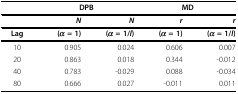
<table><thead><tr><td>[EMPTY_CELL]</td><td colspan="2"><b>DPB</b></td><td colspan="2"><b>MD</b></td></tr></thead><tbody><tr><td>[EMPTY_CELL]</td><td><b><i>N</i></b></td><td><b><i>N</i></b></td><td><b><i>r</i></b></td><td><b><i>r</i></b></td></tr><tr><td><b>Lag</b></td><td><b>(<i>α </i>= 1)</b></td><td><b>(<i>α </i>= 1/<i>l</i>)</b></td><td><b>(<i>α </i>= 1)</b></td><td><b>(<i>α </i>= 1/<i>l</i>)</b></td></tr><tr><td>10</td><td>0.905</td><td>0.024</td><td>0.606</td><td>0.007</td></tr><tr><td>20</td><td>0.863</td><td>0.018</td><td>0.344</td><td>-0.012</td></tr><tr><td>40</td><td>0.783</td><td>-0.029</td><td>0.088</td><td>-0.034</td></tr><tr><td>80</td><td>0.666</td><td>0.027</td><td>-0.011</td><td>0.011</td></tr></tbody></table>